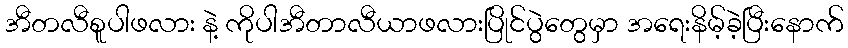
အီတလီစူပါဖလား နဲ့ ကိုပါအီတာလီယာဖလားပြိုင်ပွဲတွေမှာ အရေးနိမ့်ခဲ့ပြီးနောက်